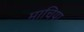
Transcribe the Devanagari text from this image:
माचिया